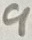
Text: 9